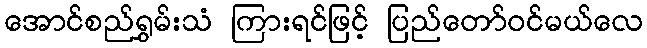
အောင်စည်ရွှမ်းသံ ကြားရင်ဖြင့် ပြည်တော်ဝင်မယ်လေ